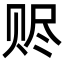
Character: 赆